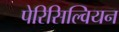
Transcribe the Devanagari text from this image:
पेरिसिल्वियन